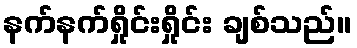
နက်နက်ရှိုင်းရှိုင်း ချစ်သည်။